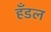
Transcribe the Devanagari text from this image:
हँडल